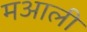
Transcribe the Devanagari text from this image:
मआली